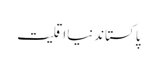
پاکستاندنیااقلیت